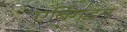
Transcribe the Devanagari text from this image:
एबिंगडन